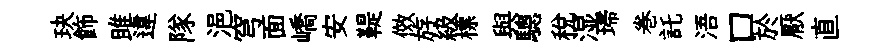
玦飾雎違隊浥穹面嶠安鞮傚斿級標與驄稅湿埽巻託浯口於厭直